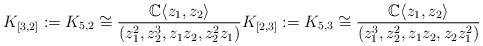
LaTeX: \begin{align*}K_{[3,2]}:=K_{5,2} \cong \frac{\mathbb{C}\langle z_1,z_2 \rangle }{(z_1^2, z_2^3, z_1z_2,z_2^2z_1) } K_{[2,3]}:=K_{5,3} \cong \frac{\mathbb{C}\langle z_1,z_2 \rangle }{(z_1^3, z_2^2, z_1z_2,z_2z_1^2) }\end{align*}